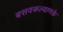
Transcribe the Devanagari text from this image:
बसवकल्याणके